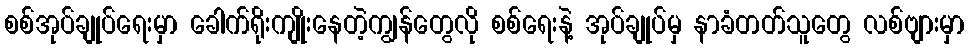
စစ်အုပ်ချုပ်ရေးမှာ ခေါက်ရိုးကျိုးနေတဲ့ကျွန်တွေလို စစ်ရေးနဲ့ အုပ်ချုပ်မှ နာခံတတ်သူတွေ လစ်ဗျားမှာ